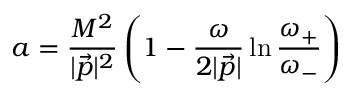
a = { \frac { M ^ { 2 } } { | { \vec { p } } | ^ { 2 } } } \left( 1 - { \frac { \omega } { 2 | { \vec { p } } | } } \ln { \frac { \omega _ { + } } { \omega _ { - } } } \right)